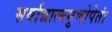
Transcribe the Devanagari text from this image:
सर्वान्नात्मगुणोपेतां